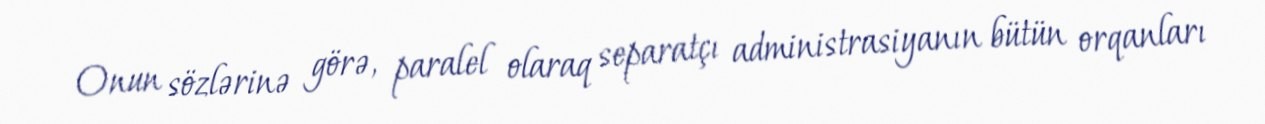
Onun sözlərinə görə, paralel olaraq separatçı administrasiyanın bütün orqanları